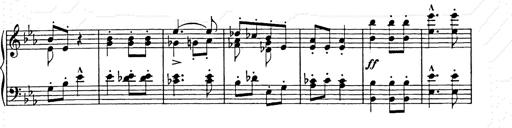
Title: Hungarian Rhapsody No.9
Composer: Franz Liszt
Key: E-flat major